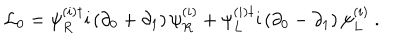
{ \cal L } _ { 0 } = \psi _ { R } ^ { ( i ) \dagger } \mathrm { i } \left( \partial _ { 0 } + \partial _ { 1 } \right) \psi _ { R } ^ { ( i ) } + \psi _ { L } ^ { ( i ) \dagger } \mathrm { i } \left( \partial _ { 0 } - \partial _ { 1 } \right) \psi _ { L } ^ { ( i ) } \ .